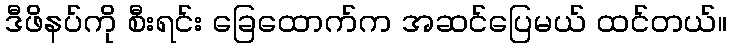
ဒီဖိနပ်ကို စီးရင်း ခြေထောက်က အဆင်ပြေမယ် ထင်တယ်။